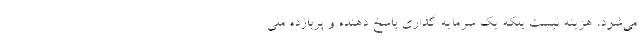
می‌‌شود، هزینه نیست بلکه یک سرمایه گذاری پاسخ دهنده و پربازده ملی